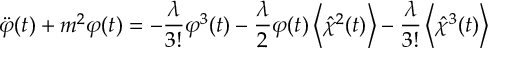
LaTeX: \ddot { \varphi } ( t ) + m ^ { 2 } \varphi ( t ) = - \frac { \lambda } { 3 ! } \varphi ^ { 3 } ( t ) - \frac { \lambda } { 2 } \varphi ( t ) \left\langle \hat { \chi } ^ { 2 } ( t ) \right\rangle - \frac { \lambda } { 3 ! } \left\langle \hat { \chi } ^ { 3 } ( t ) \right\rangle